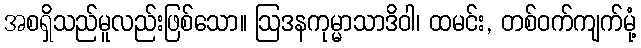
အစရှိသည်မူလည်းဖြစ်သော။ ဩဒနကုမ္မာသာဒိဝါ၊ ထမင်း, တစ်ဝက်ကျက်မုံ့